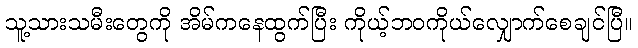
သူ့သားသမီးတွေကို အိမ်ကနေထွက်ပြီး ကိုယ့်ဘဝကိုယ်လျှောက်စေချင်ပြီ။